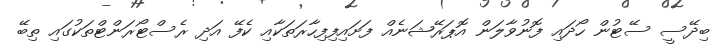
ބިދޭސީ ސޭޓުން ހޯދައި ފޮނުވާލަން އޮޕަރޭޝަނެއް ފަށައިފިފިހާރަތަކާއި ކެފޭ އަދި ރެސްޓޯރަންޓްތަކުގައި ތިބޭ